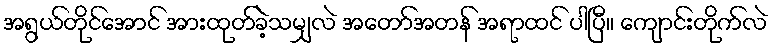
အရွယ်တိုင်အောင် အားထုတ်ခဲ့သမျှလဲ အတော်အတန် အရာထင် ပါပြီ။ ကျောင်းတိုက်လဲ